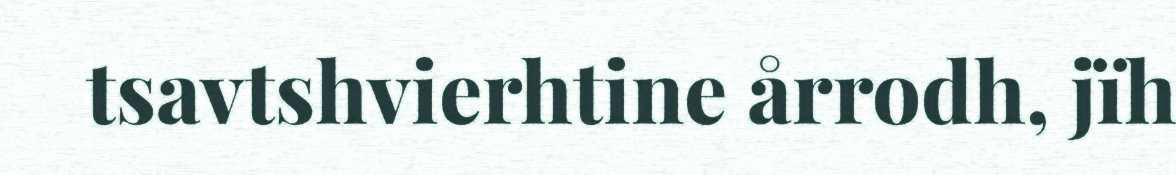
tsavtshvierhtine årrodh, jïh